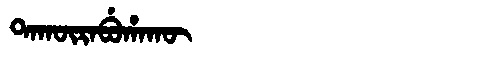
Manchu: ᡨᠠᡴᡡᡵᠠᠪᡠᡥᠠᡴᡡ
Romanization: TAKŪRABUHAKŪ